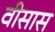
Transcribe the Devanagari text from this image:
वीसास